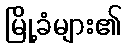
မြို့ခံများ၏